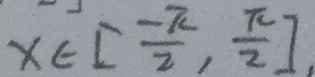
x \in [ \frac { - \pi } { 2 } , \frac { \pi } { 2 } ]